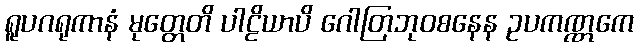
ရူပဂရုကာနံ မုတ္တေတိ ပါဠိယာပိ ဂေါတြဘုဝစနေန ဥပကဏ္ဏကေ